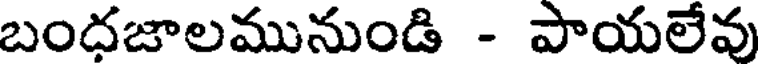
బందజాలమునుండి - పాయలేవు